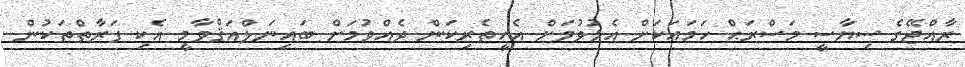
ރާއްޖޭގެ ސިޔާސީ މަސްރަޙް ހަމައަކަށް އެޅުވުމަށް އެހީތެރިކަން ދެއްވުމަށް ބައިނަލްއަޤްވާމީ އެކި ފަރާތްތަކުން